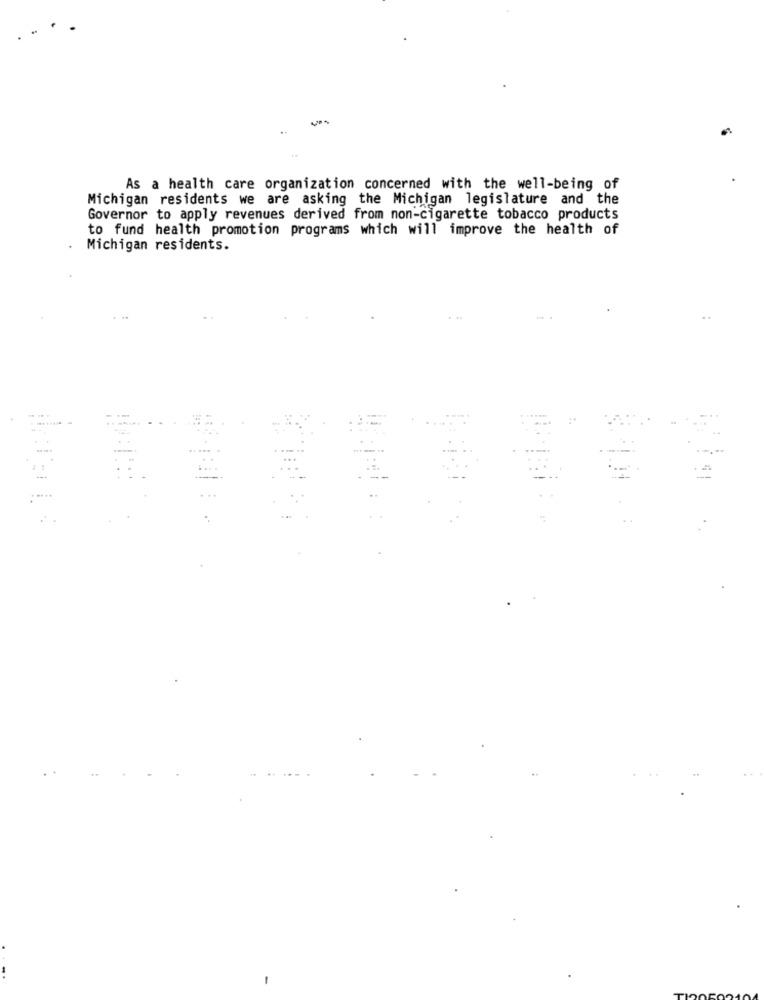
..
As a health care organization concerned with the well-being of
Michigan residents we are asking the Michigan legislature and the
Governor to apply revenues derived from non-cigarette tobacco products
to fund health promotion programs which will improve the health of
.
Michigan residents.
: